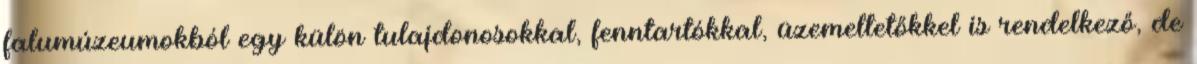
falumúzeumokból egy külön tulajdonosokkal, fenntartókkal, üzemeltetőkkel is rendelkező, de